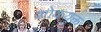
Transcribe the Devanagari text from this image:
शोकयुक्त